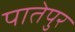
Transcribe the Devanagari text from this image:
पातेपुर